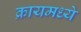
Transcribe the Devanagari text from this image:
क्रायमध्ये